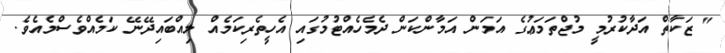
" ޒަކާތް އަދާކުރުމީ މުޖްތަމަޢުގެ އަމަން އަމާންކަން ދެމެހެއްޓުމުގައި އެހީތެރިކަމެއް ލިއްބައިދޭނޭ ކަމެއްވެސްމެއެވެ.